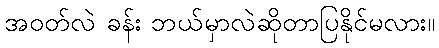
အဝတ်လဲ ခန်း ဘယ်မှာလဲဆိုတာပြနိုင်မလား။